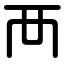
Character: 襾